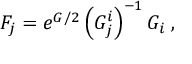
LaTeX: F _ { j } = e ^ { G / 2 } \left( G _ { j } ^ { i } \right) ^ { - 1 } G _ { i } \; ,